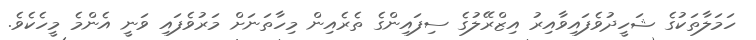
ހަމަލާތަކުގެ ޝަހީދުވެފައިވާއިރު އިޒްރޭލުގެ ސިފައިންގެ ތެރެއިން މިހާތަނަށް މަރުވެފައި ވަނީ އެންމެ މީހެކެވެ.